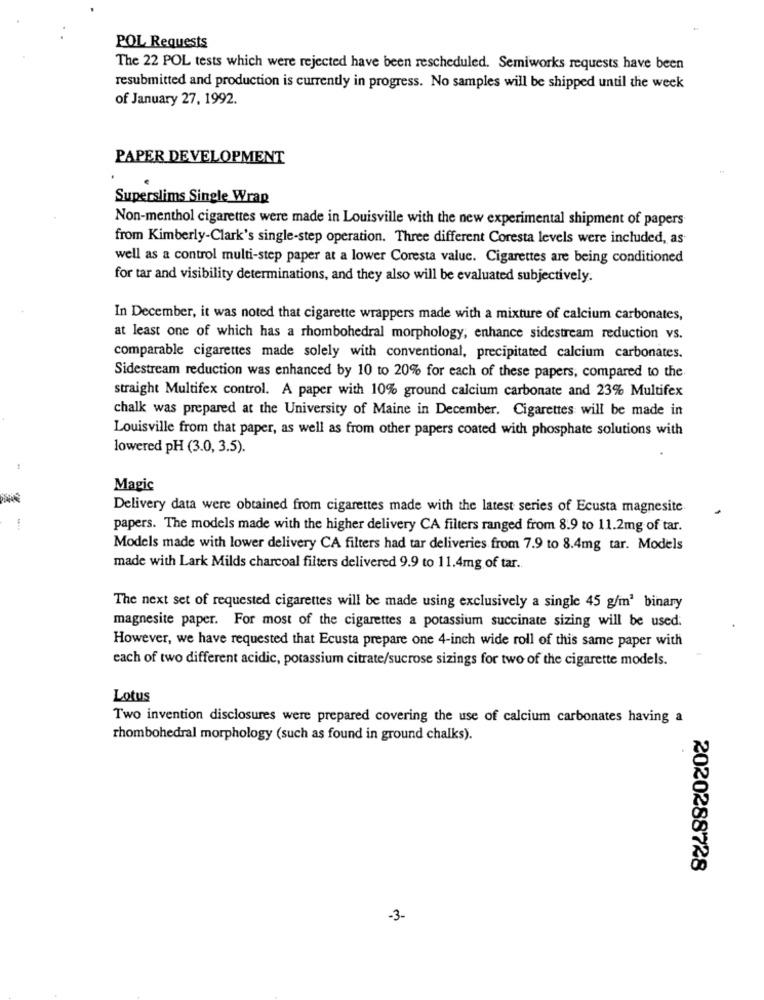
POL Requests
The 22 POL tests which were rejected have been rescheduled. Semiworks requests have been
resubmitted and production is currently in progress. No samples will be shipped until the week
of January 27, 1992.
PAPER DEVELOPMENT
Superslims Single Wrap
Non-menthol cigarettes were made in Louisville with the new experimental shipment of papers
from Kimberly-Clark's single-step operation. Three different Coresta levels were included, as
well as a control multi-step paper at a lower Coresta value. Cigarettes are being conditioned
for tar and visibility determinations, and they also will be evaluated subjectively.
In December, it was noted that cigarette wrappers made with a mixture of calcium carbonates,
at least one of which has a rhombohedral morphology, enhance sidestream reduction vs.
comparable cigarettes made solely with conventional, precipitated calcium carbonates.
Sidestream reduction was enhanced by 10 to 20% for each of these papers, compared to the
straight Multifex control. A paper with 10% ground calcium carbonate and 23% Multifex
chalk was prepared at the University of Maine in December. Cigarettes will be made in
Louisville from that paper, as well as from other papers coated with phosphate solutions with
lowered pH (3.0, 3.5).
Magic
Delivery data were obtained from cigarettes made with the latest series of Ecusta magnesite
papers. The models made with the higher delivery CA filters ranged from 8.9 to 11.2mg of tar.
Models made with lower delivery CA filters had tar deliveries from 7.9 to 8.4mg tar. Models
made with Lark Milds charcoal filters delivered 9.9 to 11.4mg of tar.
The next set of requested cigarettes will be made using exclusively a single 45 g/m3 binary
magnesite paper. For most of the cigarettes a potassium succinate sizing will be used:
However, we have requested that Ecusta prepare one 4-inch wide roll of this same paper with
each of two different acidic, potassium citrate/sucrose sizings for two of the cigarette models.
Lotus
Two invention disclosures were prepared covering the use of calcium carbonates having a
rhombohedral morphology (such as found in ground chalks).
2020288728
-3-